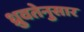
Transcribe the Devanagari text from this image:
ध्रुवतेनुसार